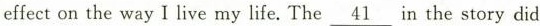
effect on the way I live my life.The\underline{41} in the story did